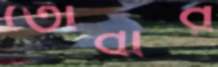
তৌবার